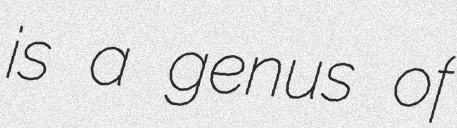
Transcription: is a genus of